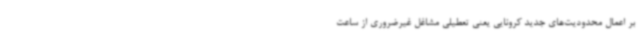
بر اعمال محدودیت‌های جدید کرونایی یعنی تعطیلی مشاغل غیرضروری از ساعت